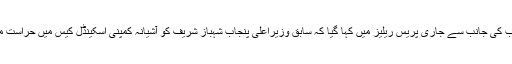
ترجمان نیب کی جانب سے جاری پریس ریلیز میں کہا گیا کہ سابق وزیراعلیٰ پنجاب شہباز شریف کو آشیانہ کمپنی اسکینڈل کیس میں حراست میں لیا گیا ۔